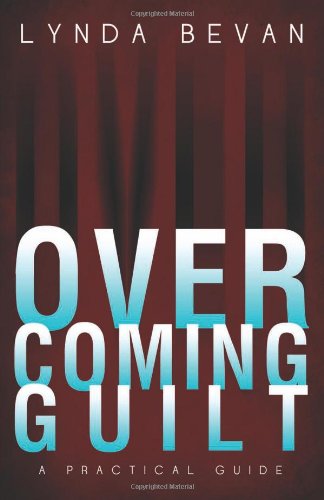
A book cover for Overcoming Guilt: A Practical Guide (10-Step Empowerment); Lynda Bevan; Health, Fitness & Dieting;